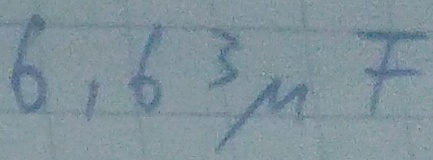
Text: 6,63µF